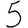
Digit: 5